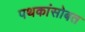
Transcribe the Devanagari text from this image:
पथकांसोबत